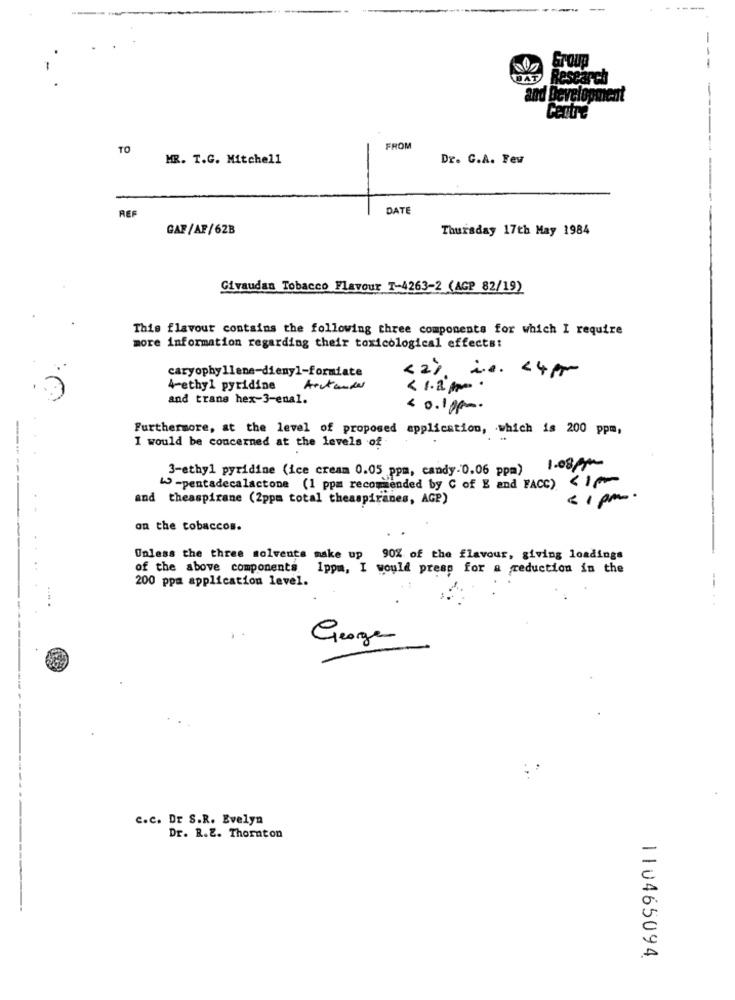
Group
Research
and Development
Centre
TO
FROM
MR. T.G. Mitchell
Dr. G.A. Fev
REF
DATE
GAF/AF/62B
Thursday 17th May 1984
Givaudan Tobacco Flavour 7-4263-2 (AGP 82/19)
This flavour contains the following three components for which I require
more information regarding their toxicological effects:
caryophyllene-dieny1-formiate
<2% i.e. 24pp
4-ethyl pyridine
< 1.2 .
and trans hex-3-enal.
< 0.10pm.
-
Furthermore, at the level of proposed application, which is 200 ppm,
I would be concerned at the levels of
3-ethyl pyridine (ice cream 0.05 ppm, candy-0.06 ppm) 1.08pm
W-pentadecalactone (1 ppm recommended by C of E and FACC) <10
and theaspirane (2ppm total theaspiranes, AGP)
-1 pm.
on the tobaccos.
Unless the three solvents make up 90% of the flavour, giving loadings
of the above components
1ppm, I would presp for a reduction in the
200 ppa application level.
George
C.C. Dr S.R. Evelyn
Dr. R.E. Thornton
110465094